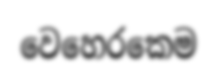
වෙහෙරකෙම